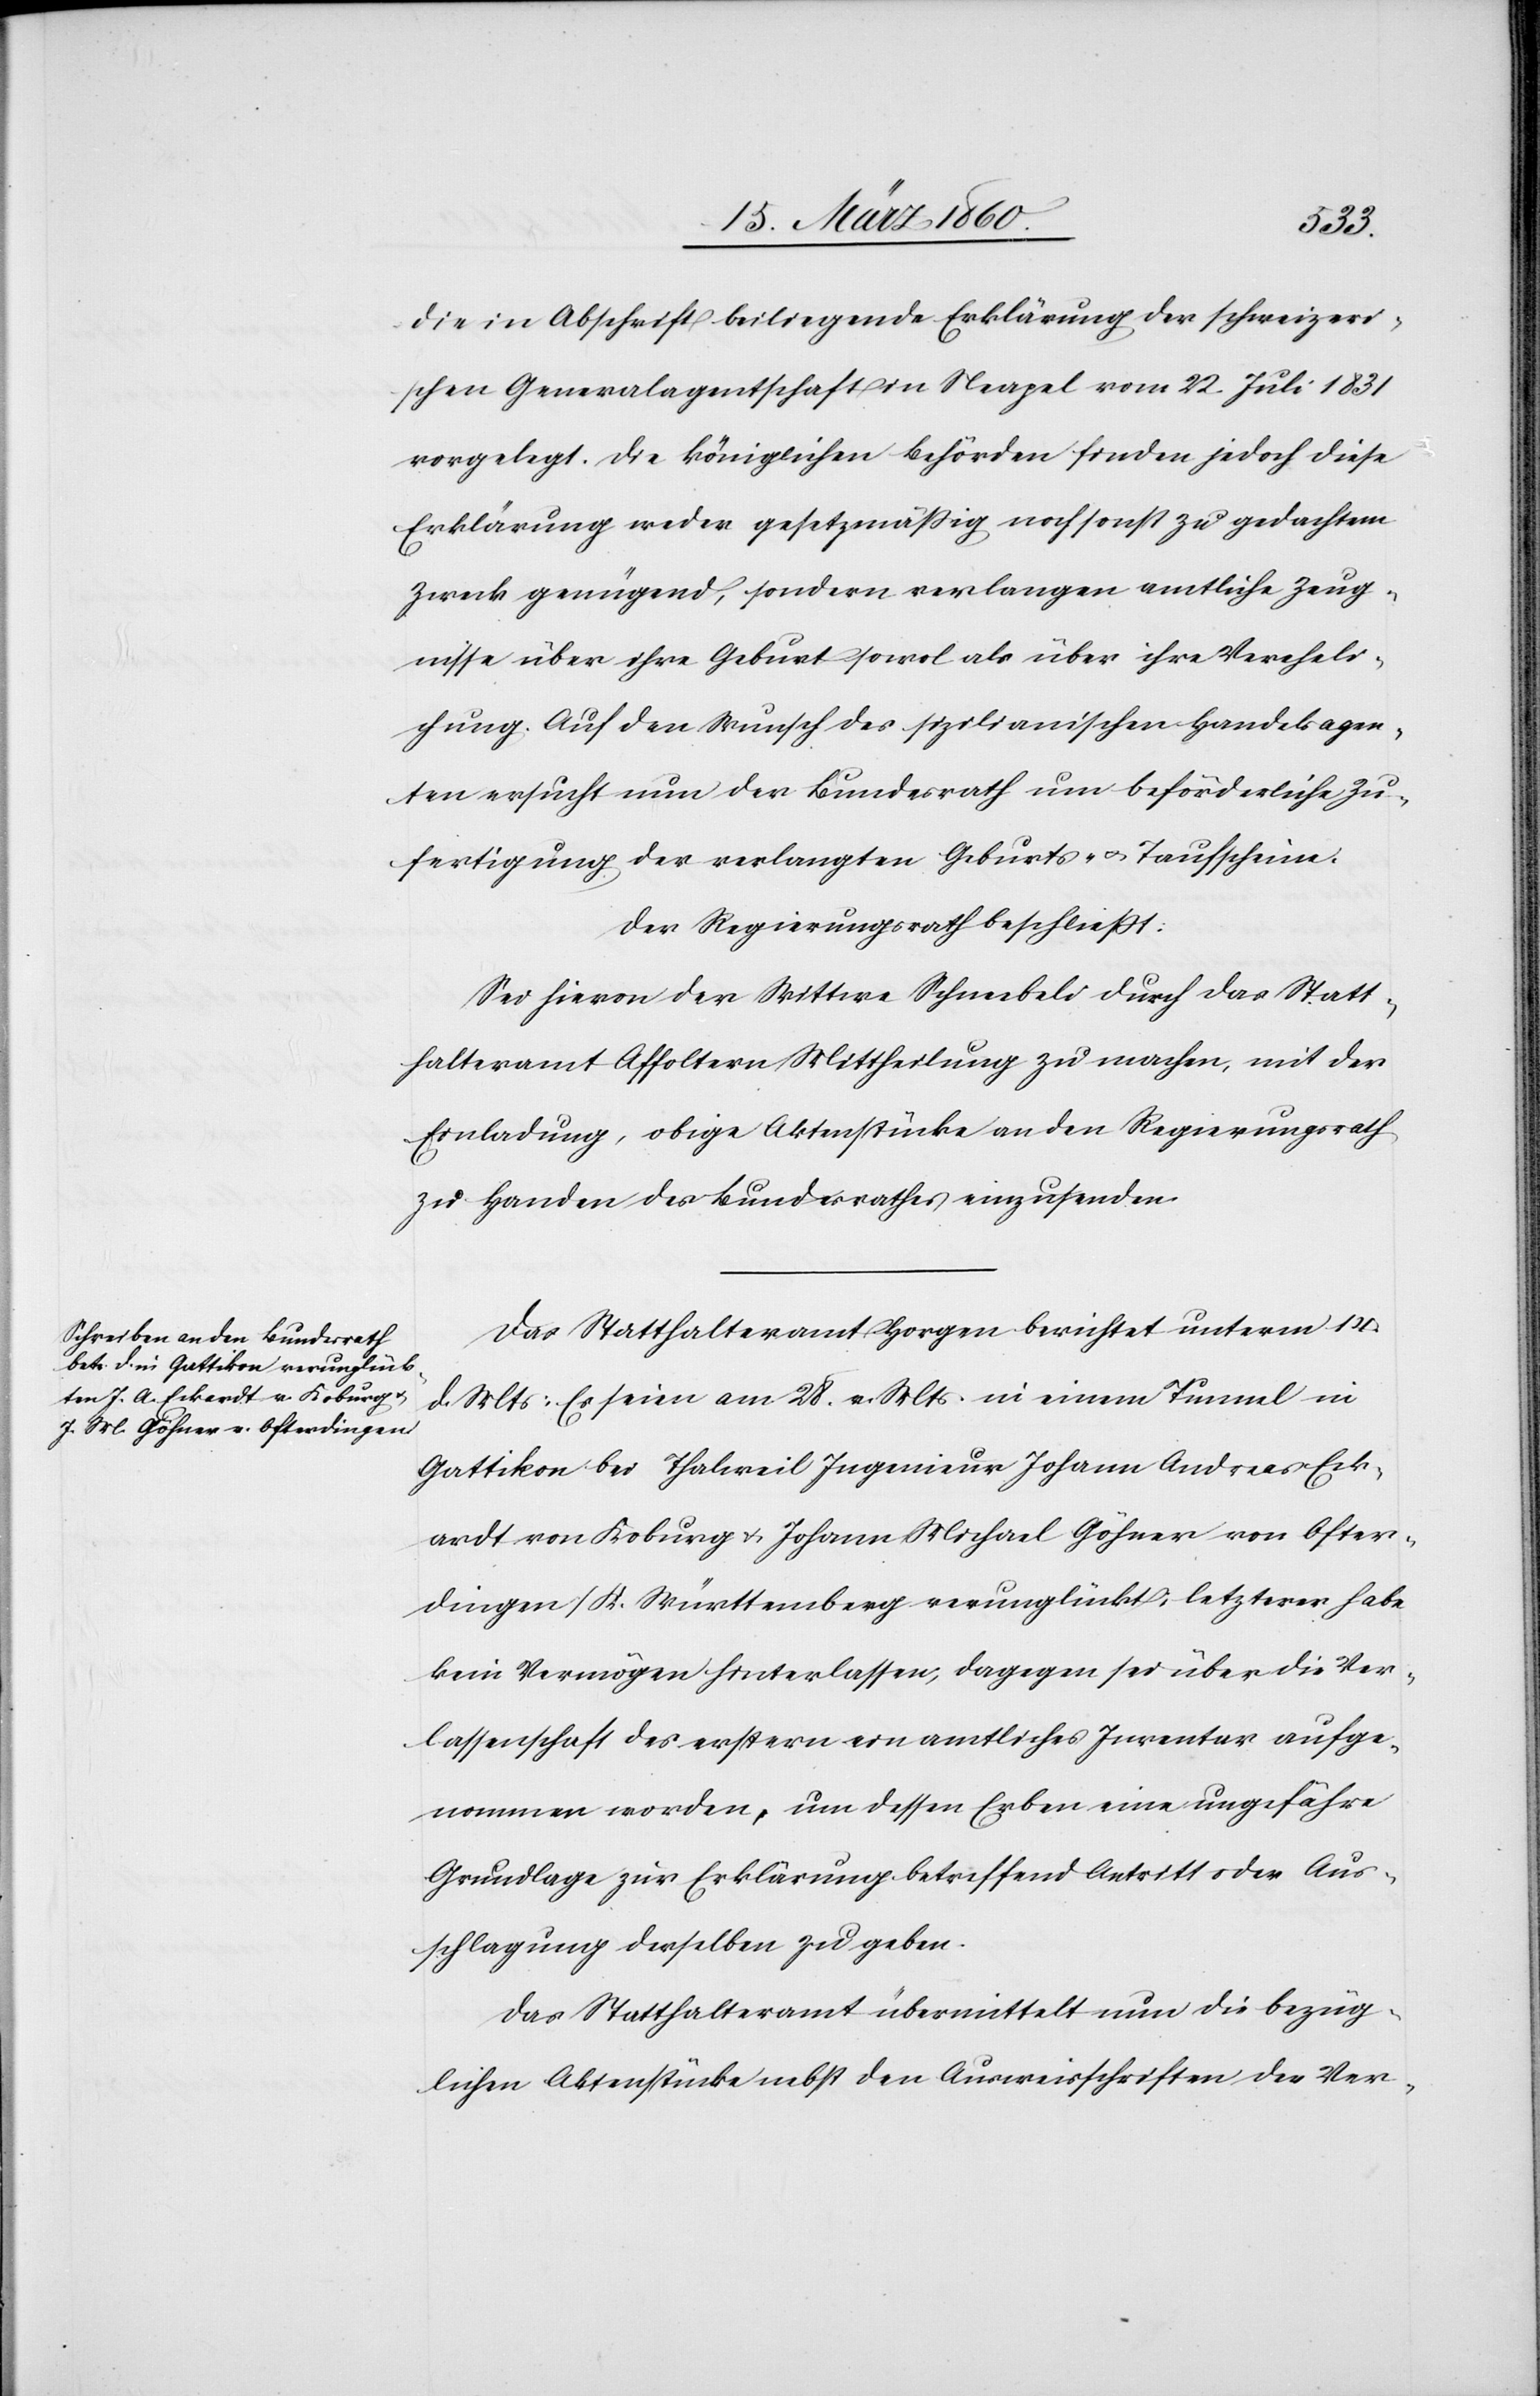
ardt
die in Abschrift beiliegende Erklärung der schweizeri¬
schen Generalagentschaft in Neapel vom 22. Juli 1831
vorgelegt. Die königlichen Behörden finden jedoch diese
Erklärung weder gesetzmässig noch sonst zu gedachtem
Zweck genügend, sondern verlangen amtliche Zeug¬
nisse über ihre Geburt sowol als über ihre Vereheli¬
chung. Auf den Wunsch des sizilianischen Handelsagen¬
ten ersucht nun der Bundesrath um beförderliche Zu¬
fertigung der verlangten Geburts- u. Taufscheine.
Der Regierungsrath beschliesst:
Sei hievon der Wittwe Schneebeli durch das Statt¬
halteramt Affoltern Mittheilung zu machen, mit der
Einladung, obige Aktenstücke an den Regierungsrath
zu Handen des Bundesrathes einzusenden.
Das Statthalteramt Horgen berichtet unterm 14.
d. Mts: Es seien am 28. v. Mts. in einem Tunnel in
Gattikon bei Thalweil Ingenieur Johann Andreas Eck¬
[sic!] von Koburg u. Johann Michael Göhner von Oster¬
dingen/K. Württemberg verunglückt, letzterer habe
kein Vermögen hinterlassen, dagegen sei über die Ver¬
lassenschaft des erstern ein amtliches Inventar aufge¬
nommen worden, um dessen Erben eine ungefähre
Grundlage zur Erklärung betreffend Antritt oder Aus¬
schlagung derselben zu geben.
Das Statthalteramt übermittelt nun die bezüg¬
lichen Aktenstücke nebst den Ausweisschriften des Ver-